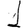
Digit: 1